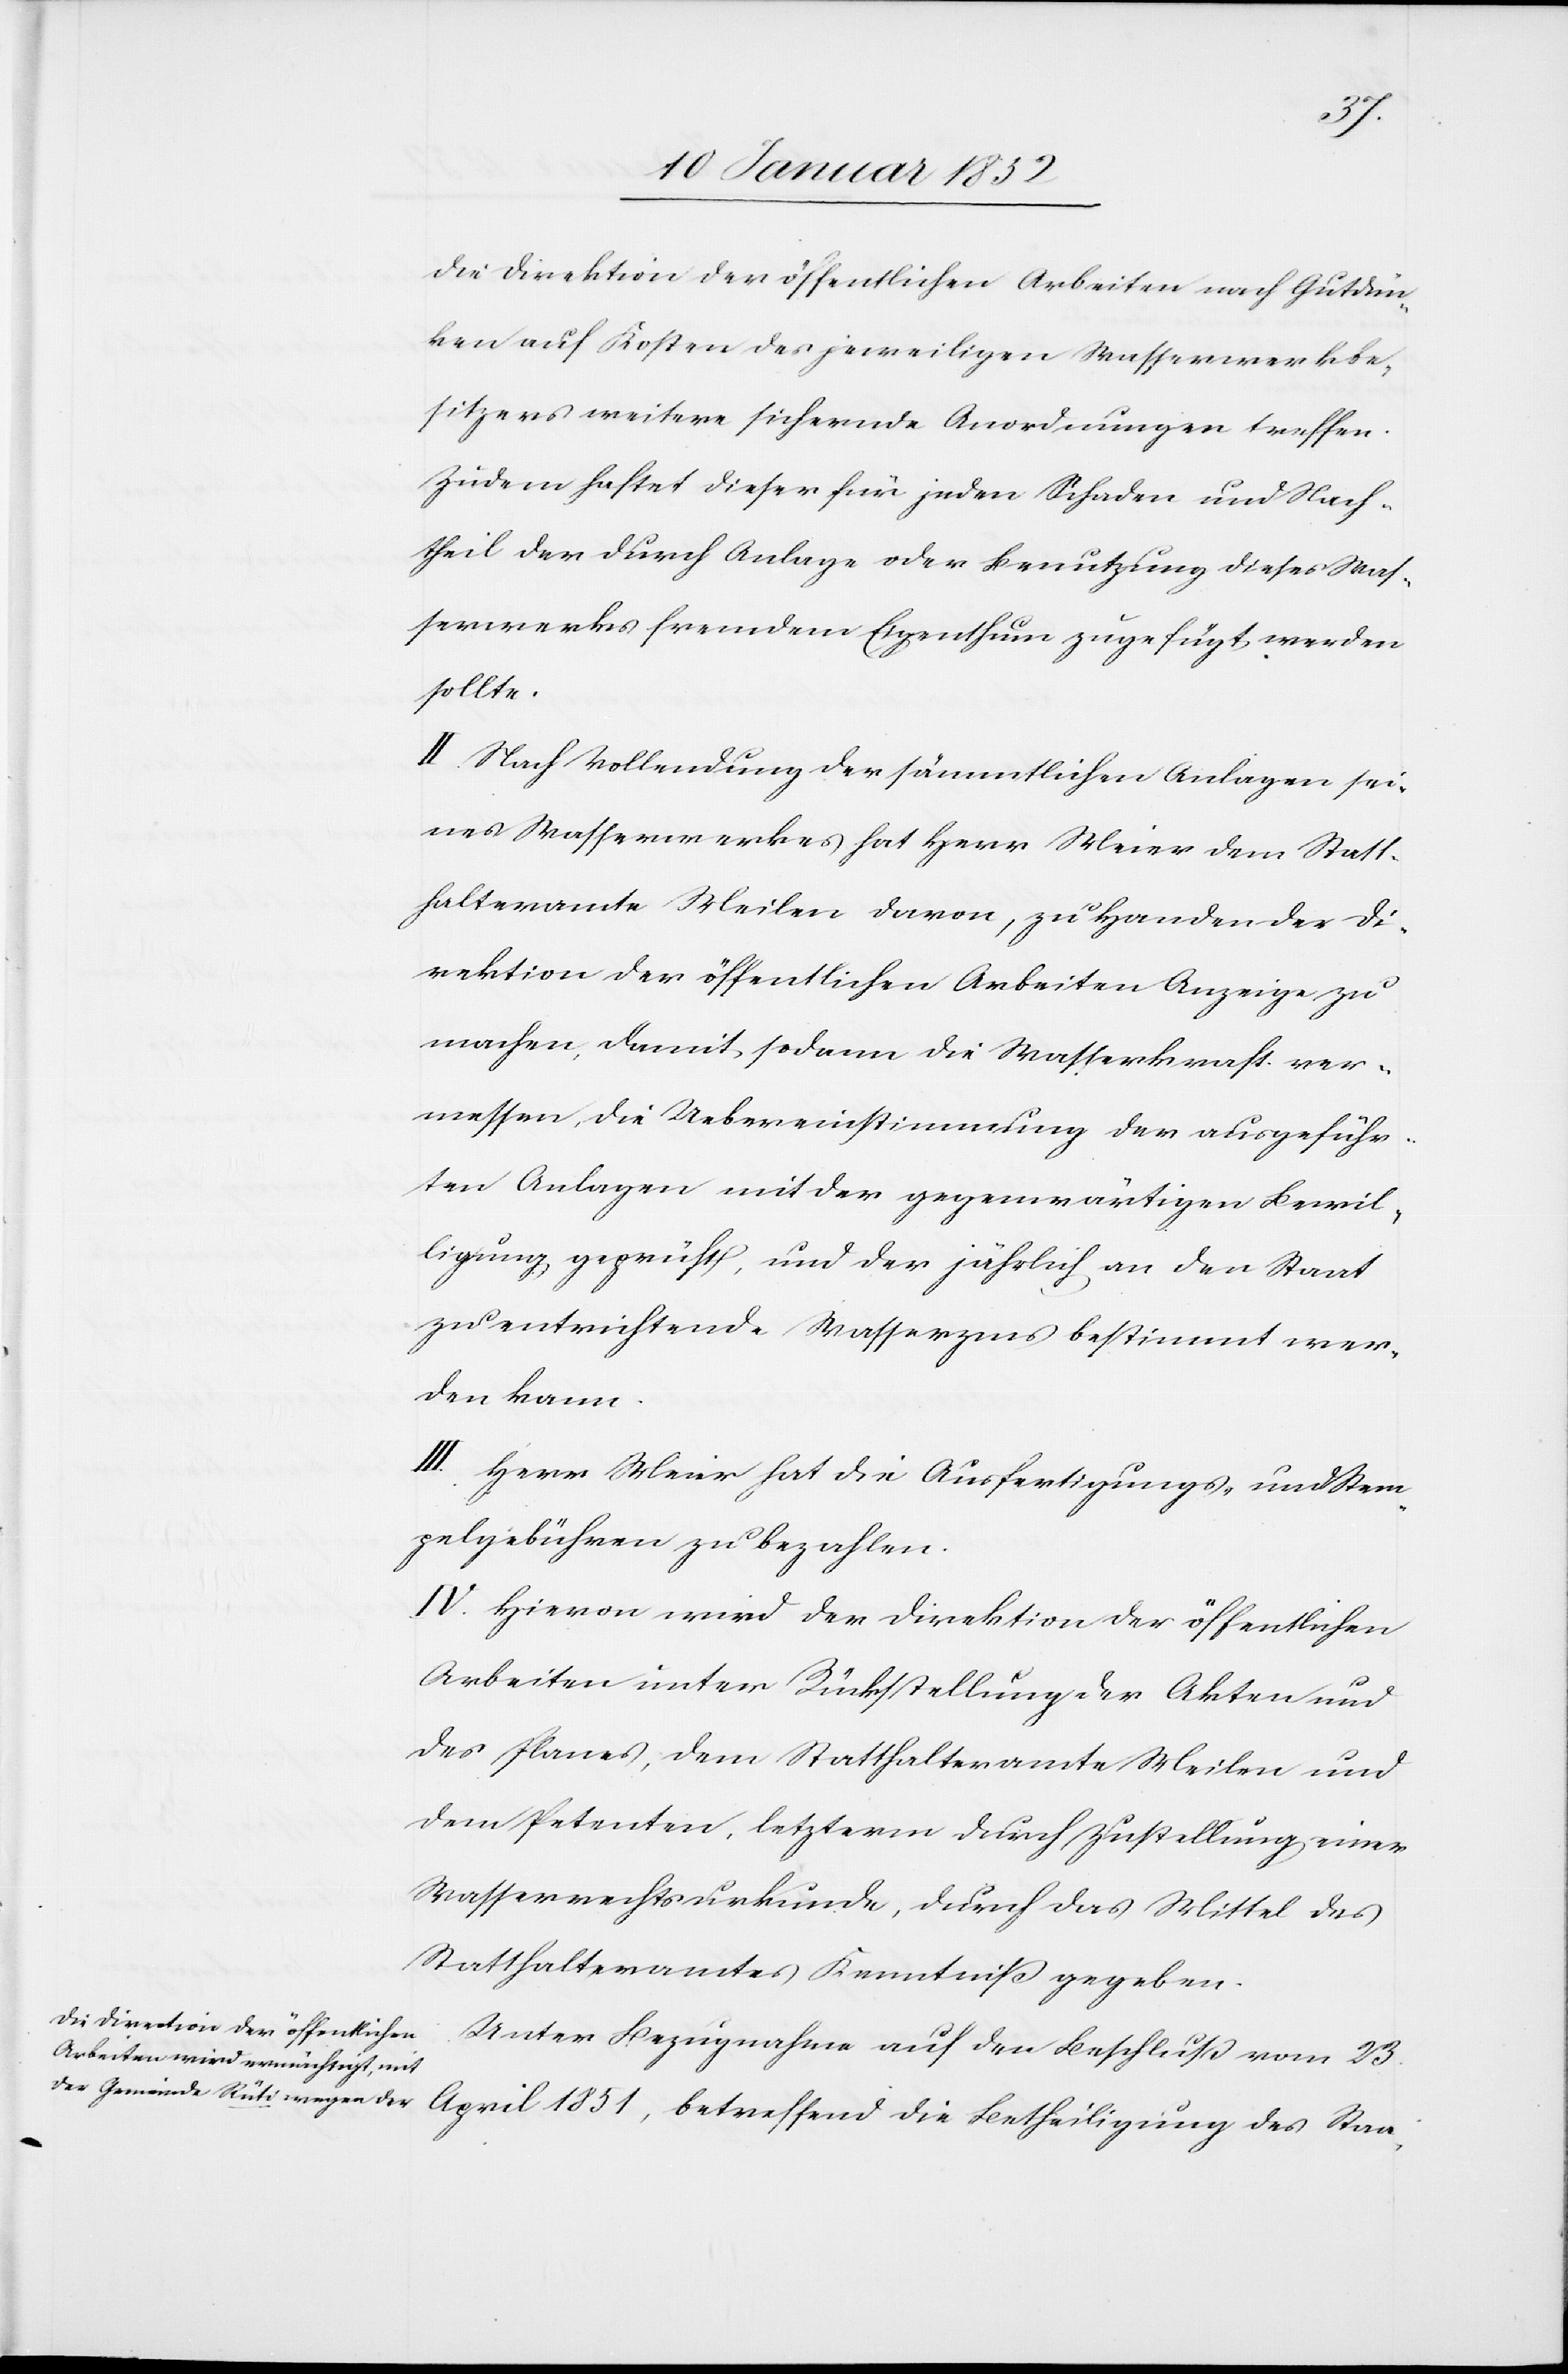
die Direction der öffentlichen Arbeiten nach Gutdün¬
ken auf Kosten der jeweiligen Wasserwerkbe¬
sitzer weitere sichernde Anordnungen treffen.
Zudem haftet dieser für jeden Schaden und Nach¬
theil der durch Anlage oder Benutzung dieses Was¬
serwerkes fremdem Eigenthum zugefügt werden
sollte.
II. Nach Vollendung der sämmtlichen Anlagen sei¬
nes Wasserwerkes hat Herr Meier dem Statt¬
halteramte Meilen davon, zu Handen der Di¬
rektion der öffentlichen Arbeiten Anzeige zu
machen, damit sodann die Wasserkraft ver¬
messen die Uebereinstimmung der ausgeführ¬
ten Anlagen mit der gegenwärtigen Bewil¬
ligung geprüft, und der jährlich an den Staat
zu entrichtende Wasserzins bestimmt wer¬
den kann.
III. Herr Meier hat die Ausfertigungs- und Stem¬
pelgebühren zu bezahlen.
IV. Hiervon wird der Direktion der öffentlichen
Arbeiten unter Rückstellung der Akten und
des Planes, dem Statthalteramte Meilen und
dem Petenten, letzterm durch Zustellung einer
Wasserrechtsurkunde, durch das Mittel des
Statthalteramtes Kenntniß gegeben.
Unter Bezugnahme auf den Beschluß vom 23